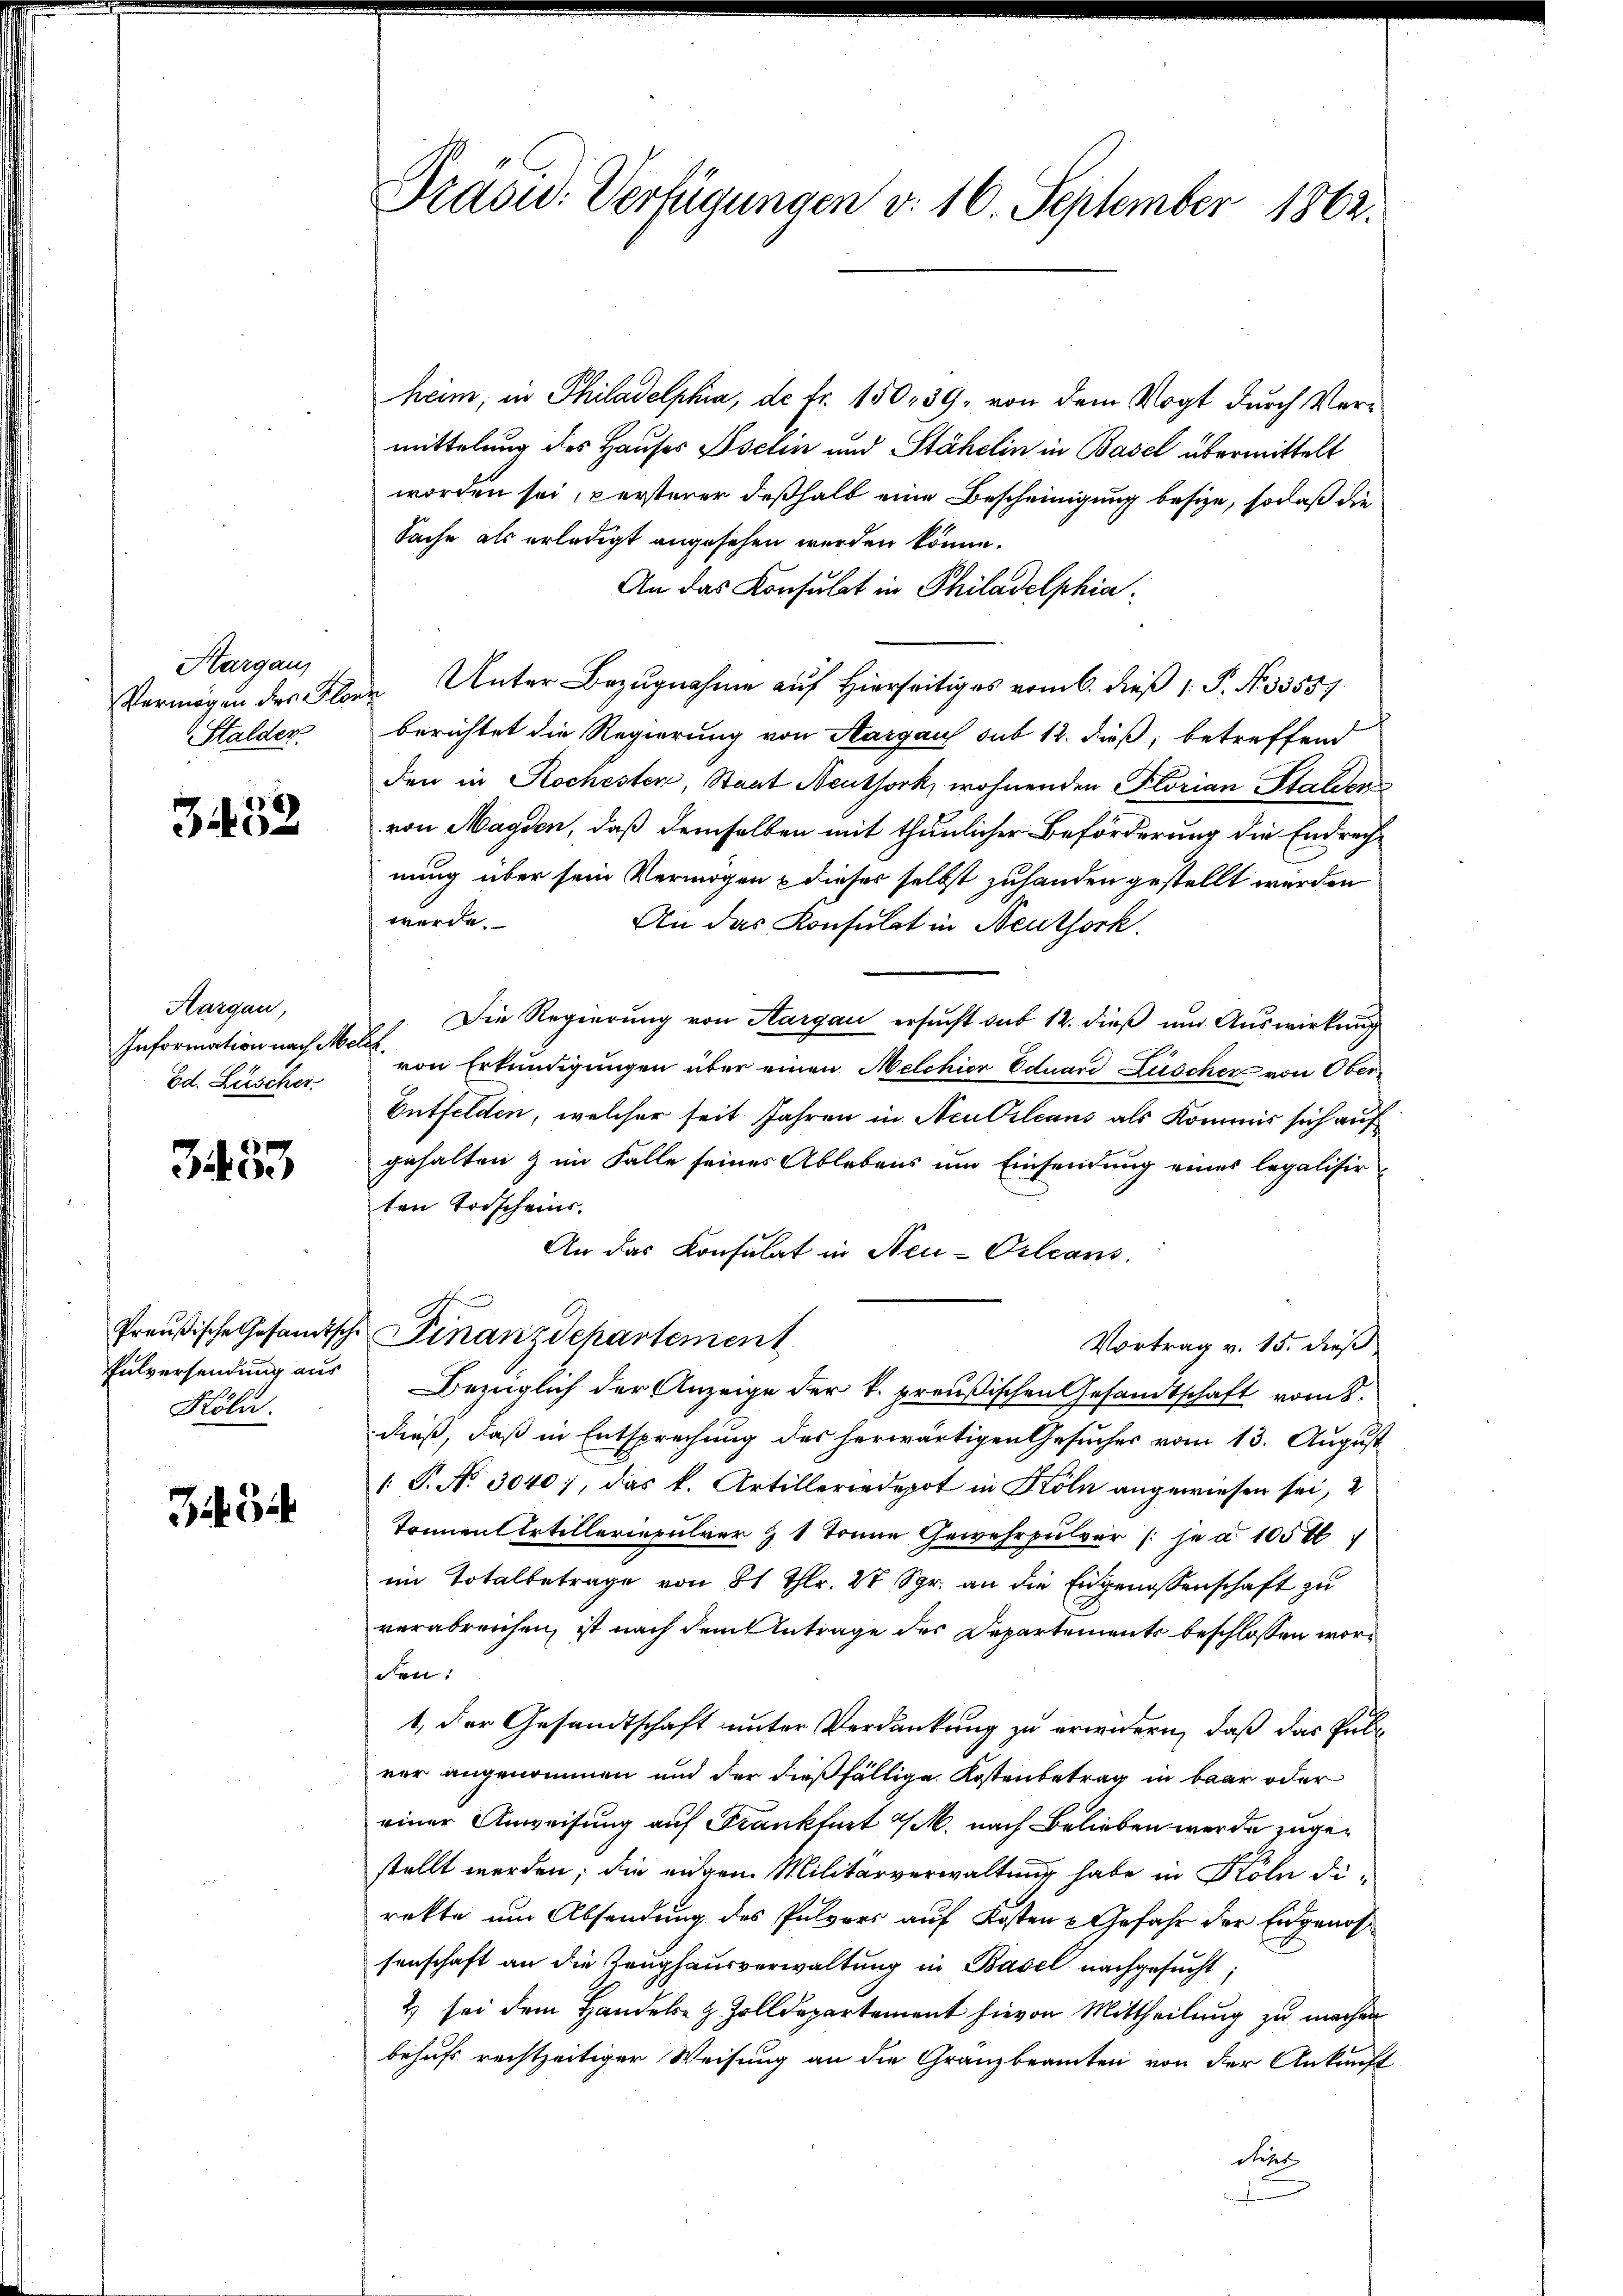
Hargau,
Stalder.

3452

Aargau,
Information nach Melch
Ed. Lüscher

34. 53

Pulversendung aus
Köln.

Ziech

Präsid. Verfügungen d. 16. September 1862.

heim, in Philadelphia, de Fr. 150, 39, von dem Vogt durch Vermittelung des Hauses Iselin und Stähelin in Basel übermittelt
worden sei, persterer deßhalb eine Bescheinigung besize, so daß die
Sache als erledigt angesehen werden könne.
An das Konsulat in Philadelphia
Vermögen des Alber Unter Bezŭgnahme aŭf hierseitiges vom 6. dieβ (: P. Nr. 33551
berichtet die Regierung von Aargau sub 12. dieß, betreffend
den in Kochesten, Staat Neuthork, wohnenden Florian Stalden
von Magden, daß demselben mit thunlicher Beförderung die Endrech-
nung über sein Vermögen & dieses selbst zuhanden gestellt werden
werde.
An das Konsulat in Neuthork
Die Regierung von Kargau ersucht sub 12. dieß und Auswirkung
von Erkundigungen über einen Melchior Eduard Lüscher von Ober
Entfelden, welcher seit Jahren in Neu Orleans als Kommis sich auf
gehalten & im Falle seines Ablebens um Einsendung eines legalisirten Vorscheins.
An das Konsulat in Neu-Orleans
Preußische Gesandtsche Finanzdepartement
Vortrag v. 15. dieß
Bezüglich der Anzeige der k. preußischen Gesandtschaft vom 8.
dieß, daß in Entsprechung des herwärtigen Gesuches vom 13. August
/. P. Nr. 3040;, das k. Artilleriedepot in Köln angewiesen sei, 2
Tonnen Artilleriepulver & 1 Tonne Gewehrpulver (je à 105 t
im Totalbetrage von 81 Thlr. 21 Sgr. an die Eidgenossenschaft zu
verabreichen, ist nach dem Antrage des Departements beschlossen worden:
t, der Gesandtschaft unter Verdankung zu erwidern, daß das Pubrer angenommen und der dießfällige Kostenbetrag in baar oder
einer Anweisung auf Frankfurt a/M. nach Belieben werde zugestellt werden; die einen Militärverwaltung habe in Köln direkte um Absendung des Pulvers auf Kosten & Gefahr der Eidgenossenschaft an die Zeughausverwaltung in Basel nachgesucht;
2) sei dem Handels- & Zolldepartement hievon Mittheilung zu machen
behufs rechtzeitiger Weisung an die Gränzbeamten von der Ankunft
Dieses
.